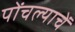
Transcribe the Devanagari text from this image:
पोंचल्याचें